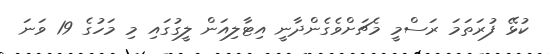
ކުޅޭ ފުރަތަމަ ރަސްމީ މެޗަށްވެގެންދާނީ އިޓާލިއަން ލީގުގައި މި މަހުގެ 19 ވަނަ